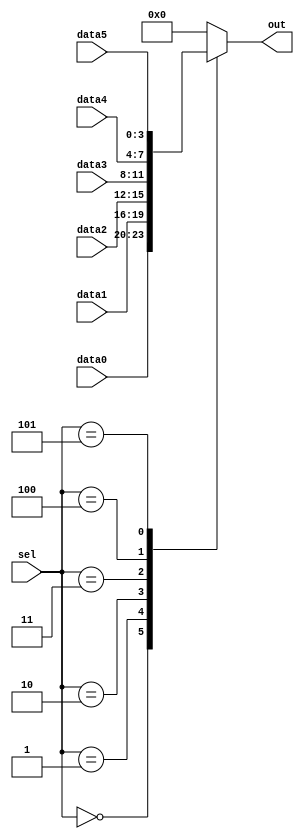
// This program was cloned from: https://github.com/matthlud/HDLBits
// License: Apache License 2.0

// synthesis verilog_input_version verilog_2001
module top_module ( 
    input [2:0] sel, 
    input [3:0] data0,
    input [3:0] data1,
    input [3:0] data2,
    input [3:0] data3,
    input [3:0] data4,
    input [3:0] data5,
    output reg [3:0] out   );//

    always@(*) begin  // This is a combinational circuit
        case (sel)
      		0: out = data0;
            1: out = data1;
            2: out = data2;
            3: out = data3;
            4: out = data4;
            5: out = data5;
      		default: out = 1'b0;
    endcase
    end

endmodule